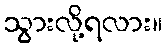
သွားလို့ရလား။